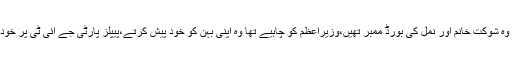
احسن اقبال نےکہا کہ علیمہ خان نے جب جائیداد بنائی وہ شوکت خانم اور نمل کی بورڈ ممبر تھیں،وزیراعظم کو چاہیے تھا وہ اپنی بہن کو خود پیش کرتے،پیپلز پارٹی جے آئی ٹی پر خود ردعمل دے رہی ہے اس پر تبصرہ کرنا مناسب نہیں۔